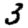
Digit: 3